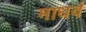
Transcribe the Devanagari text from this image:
माधर्व